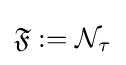
{\mathfrak {F}}:={\mathcal {N}}_{\tau }